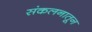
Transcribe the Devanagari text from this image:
संकलनातून